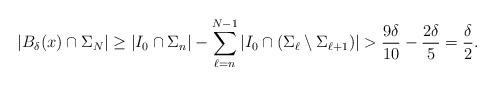
LaTeX: \begin{align*}|B_\delta(x) \cap \Sigma_N|\geq|I_0 \cap \Sigma_n| - \sum_{\ell = n}^{N-1}|I_0 \cap(\Sigma_\ell \setminus \Sigma_{\ell + 1})|>\frac{9 \delta}{10} - \frac{2 \delta}{5}=\frac{\delta}{2}.\end{align*}